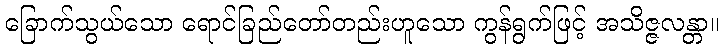
ခြောက်သွယ်သော ရောင်ခြည်တော်တည်းဟူသော ကွန်ရွက်ဖြင့် အသိဇ္ဇလန္တာ။